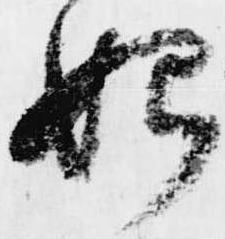
始